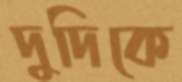
দুদিকে